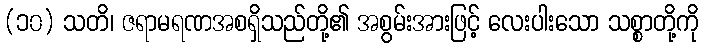
(၁၀) သတိ၊ ဇရာမရဏအစရှိသည်တို့၏ အစွမ်းအားဖြင့် လေးပါးသော သစ္စာတို့ကို